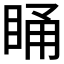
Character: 𭾸